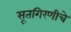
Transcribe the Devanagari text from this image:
सूतगिरणीचे